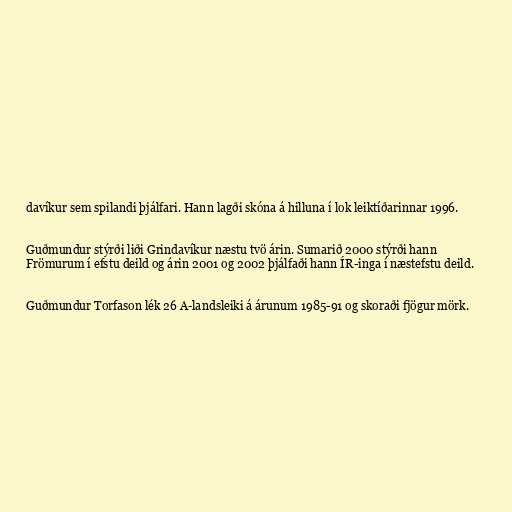
davíkur sem spilandi þjálfari. Hann lagði skóna á hilluna í lok leiktíðarinnar 1996.

Guðmundur stýrði liði Grindavíkur næstu tvö árin. Sumarið 2000 stýrði hann
Frömurum í efstu deild og árin 2001 og 2002 þjálfaði hann ÍR-inga í næstefstu deild.

Guðmundur Torfason lék 26 A-landsleiki á árunum 1985-91 og skoraði fjögur mörk.